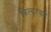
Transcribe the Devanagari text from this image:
बिल्डरकडे